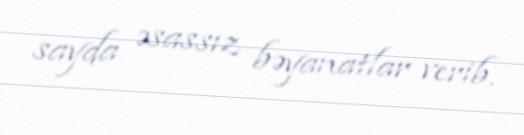
sayda əsassız bəyanatlar verib.